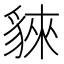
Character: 𧳟